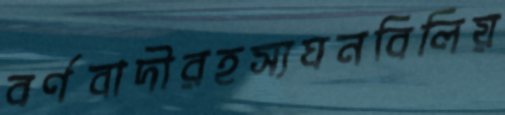
বর্ণবাদীরহস্যঘনবিলিয়